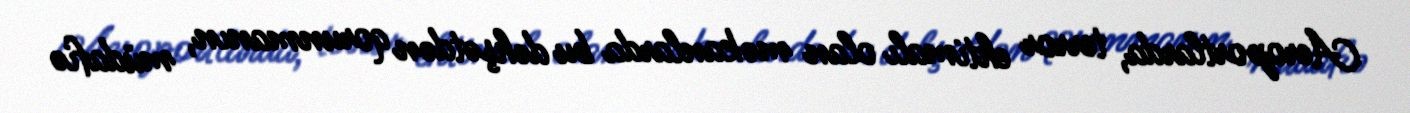
Aeroportlarda, terror ehtimalı olan məkanlarda bu dəhşətdən qorunmanın, müdafiə